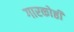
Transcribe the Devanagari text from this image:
गारकोष्ठी